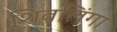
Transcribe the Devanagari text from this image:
शिवलिंगा